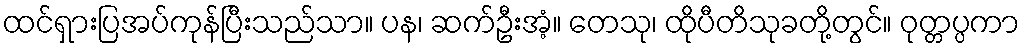
ထင်ရှားပြအပ်ကုန်ပြီးသည်သာ။ ပန၊ ဆက်ဦးအံ့။ တေသု၊ ထိုပီတိသုခတို့တွင်။ ဝုတ္တပ္ပကာ